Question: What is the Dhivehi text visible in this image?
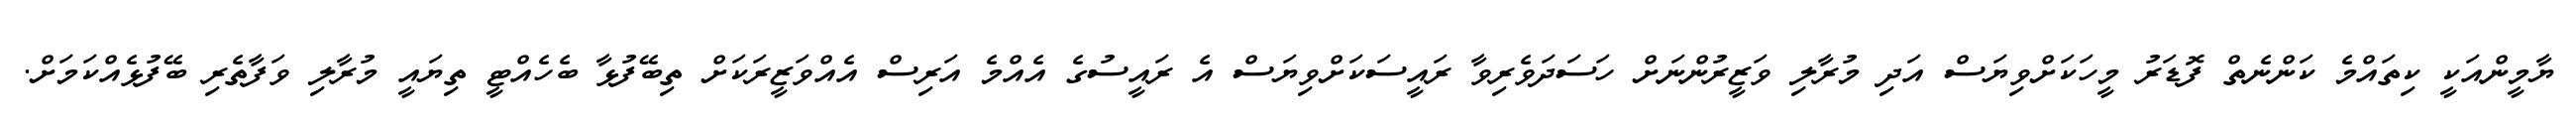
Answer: ޔާމީންއަކީ ކިތައްމެ ކަންނެތް ފޮޑަރު މީހަކަށްވިޔަސް އަދި މުރާލި ވަޒީރުންނަށް ހަސަދަވެރިވާ ރައީސަކަށްވިޔަސް އެ ރައީސުގެ އެއްމެ އަރިސް އެއްވަޒީރަކަށް ތިބޭފުޅާ ބެހެއްޓީ ތިޔައީ މުރާލި ވަފާތެރި ބޭފުޅެއްކަމަށް.